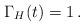
LaTeX: \begin{align*}\Gamma_{H}(t) = 1\,.\end{align*}